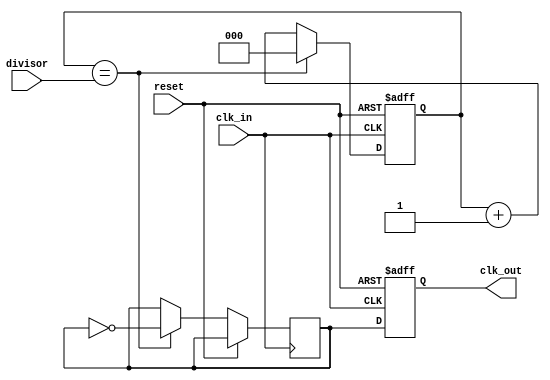
module dual_modulus_clock_divider (
    input wire clk_in,       // Input clock signal
    input wire reset,        // Reset signal
    input wire [7:0] divisor, // Programmable divisor value
    output reg clk_out       // Divided clock output
);

reg [2:0] count;
reg toggle;

always @ (posedge clk_in or posedge reset) begin
    if (reset) begin
        count <= 0;
    end else begin
        count <= count + 1;
        if (count == divisor) begin
            count <= 0;
            toggle <= ~toggle;
        end
    end
end

always @ (posedge clk_in or posedge reset) begin
    if (reset) begin
        clk_out <= 0;
    end else begin
        clk_out <= toggle;
    end
end
endmodule